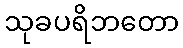
သုခပရိဘတော